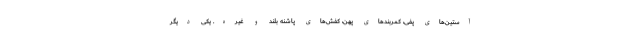
آستین‌های پفی، کمربندهای پهن، کفش‌های پاشنه بلند و غیره. یکی دیگر